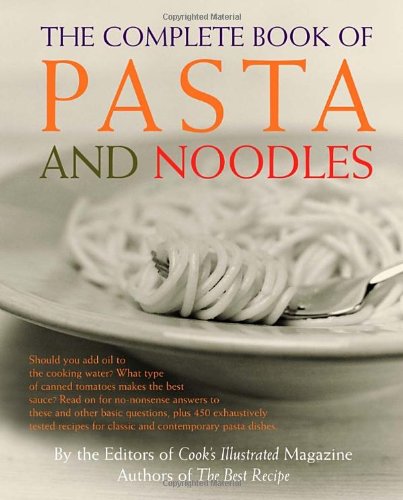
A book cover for The Complete Book of Pasta and Noodles; Cook's Illustrated; Cookbooks, Food & Wine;